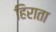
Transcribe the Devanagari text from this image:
हिराता